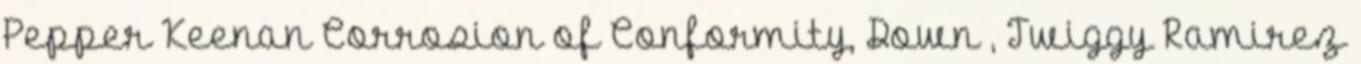
Pepper Keenan Corrosion of Conformity, Down , Twiggy Ramirez